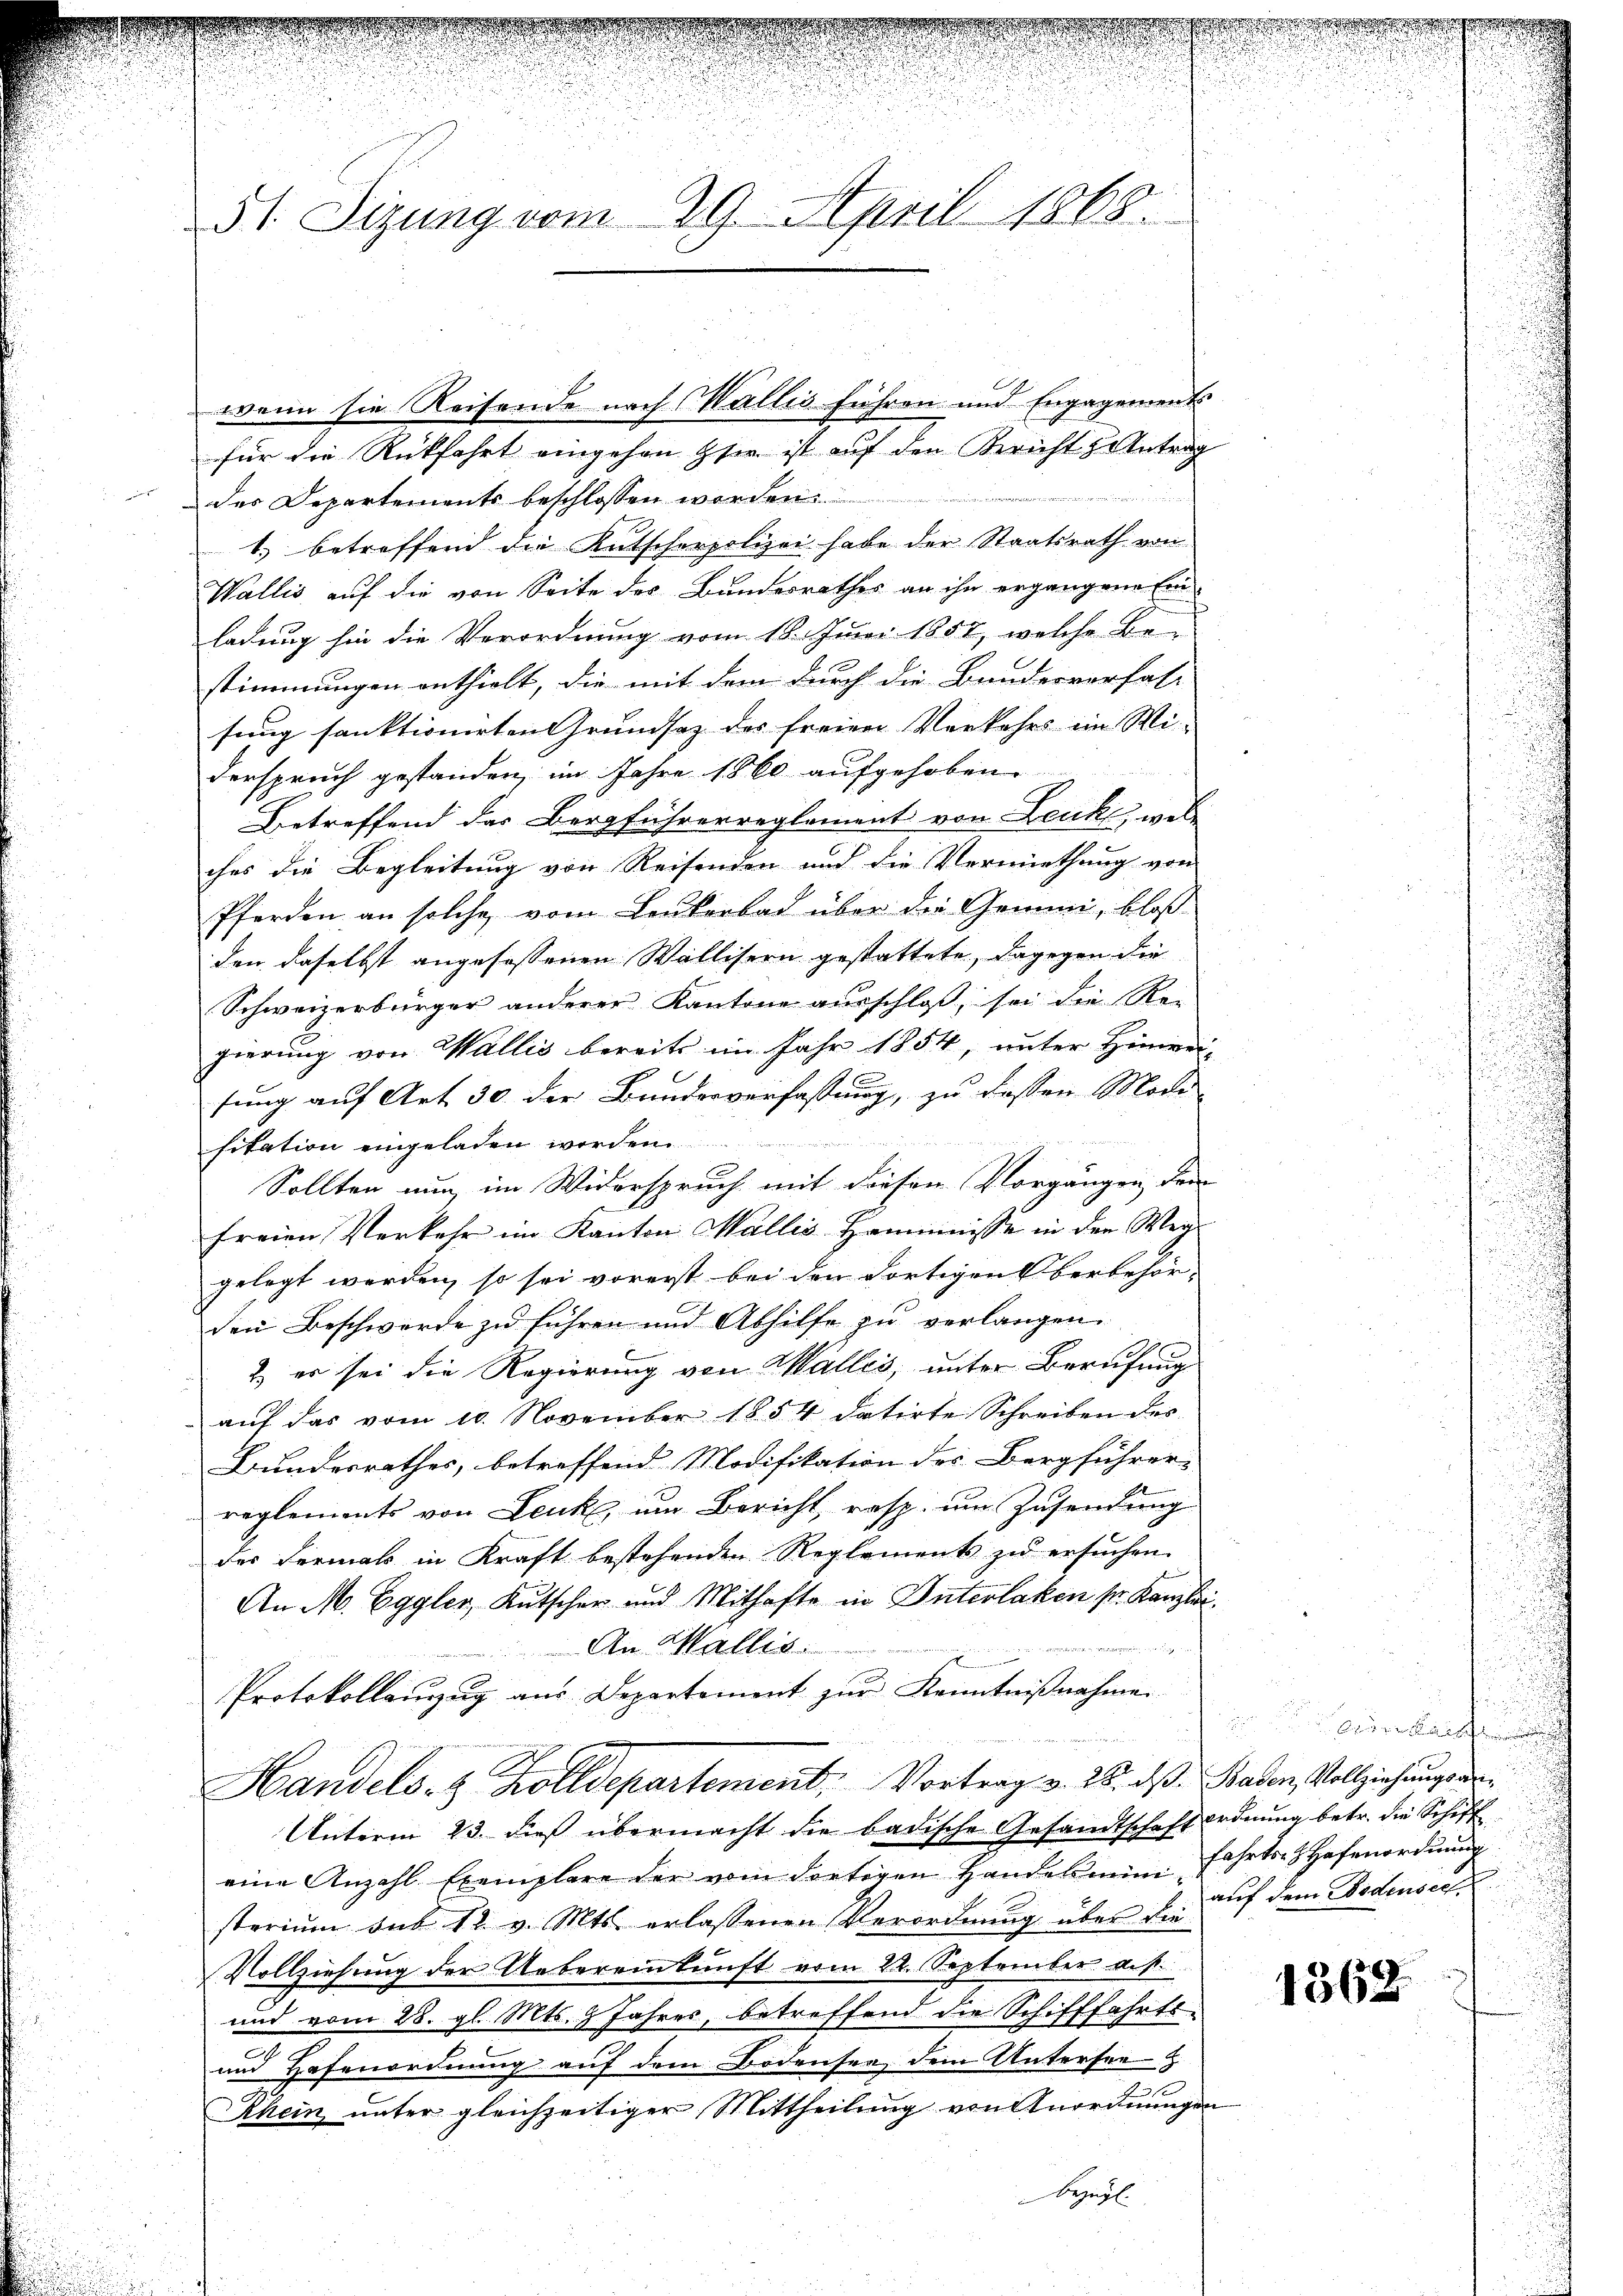
.

51. Sizung vom 29. April 1868.

de
der Departements beschlossen worden.
1.) betreffend die Kutscherpolizei habe der Staatsrath von
Wallis auf die von Seite des Bundesrathes an ihn ergangene Ein
ladung hin die Verordnung vom 18. Juni 1857, welche Be-
stimmungen enthielt, die mit dem durch die Bundesverfas-
sung sanktionirten Grundsaz der freien Verkehrs im Mi-
derspruch gestanden, im Jahre 1860 aufgehoben.
Betreffend der Bergführerreglement von Leuk, wel
ches die Begleitung von Reisenden und die Vermiethung von
Pferden an solche vom Leukerbad über die Gemüni, bloß
den daselbst angefassenen Wallisern gestattete, dagegen die
Schweizerbürger anderer Kantone ausschloß, sei die Rei-
gierung von Wallis bereits im Jahr 1854, unter Hinwei-
e
sung auf Art 30 der Bundesverfassung, zu dassen Mode
fitation eingeladen worden.
Sollten nun im Widerspruch mit diesem Vorgängen dem
freien Verkehr im Kanton Wallis Hammnisse in der Weg-
gelegt werden, so sei vorerst bei den dortigen verbehör-
den Beschwerde zu führen und Abhilfe zu verlangen.
2. er sei die Regierung von Wallis, unter Berufung
aŭf das vom 10. November 1854 datirte Schreiben des
Bundesrathes, betreffend Modifikation des Bergführer-
reglements von Leuk um Bericht, resp. um Zusendung
der Fermals in Kraft bestehenden Reglements zu ersuchen.
An M. Eggler, Kutscher und Mithafte in Interlaken sr. Kanzlei
An Wallis
g
Protokollanzŭg aŭs Departement zŭr Kenntniβnahme.
Handels- & Zolldepartement. Vortrag v. 28. ds. Baden, Vollziehungsur¬
Unterm 23. dieß übermacht die badische Gesandtschaft ordnung betr. die Schiff
eine Anzahl Exemplare der vom dortigen Handelsmini fahrte Hafenordnung
sterium sub 12 v. Mts. erlassenen Verordnung über die
Vollziehung der Uebereinkunft vom 22. September auf
und vom 28. gl. Mts. 9 Jahres, betreffend die Schifffahrts-
und Hafenordnung auf dem Bodensee, dem Untersee
Rhein unter gleichzeitiger Mittheilung von Anordnungen
bezügl.

wenn sie Reisende nach Wallis führen und Engagements
für die Rückfahrt eingehen sie ist auf den Bericht antrag

e

.

irai
auf dem Bodensee,
u

1368